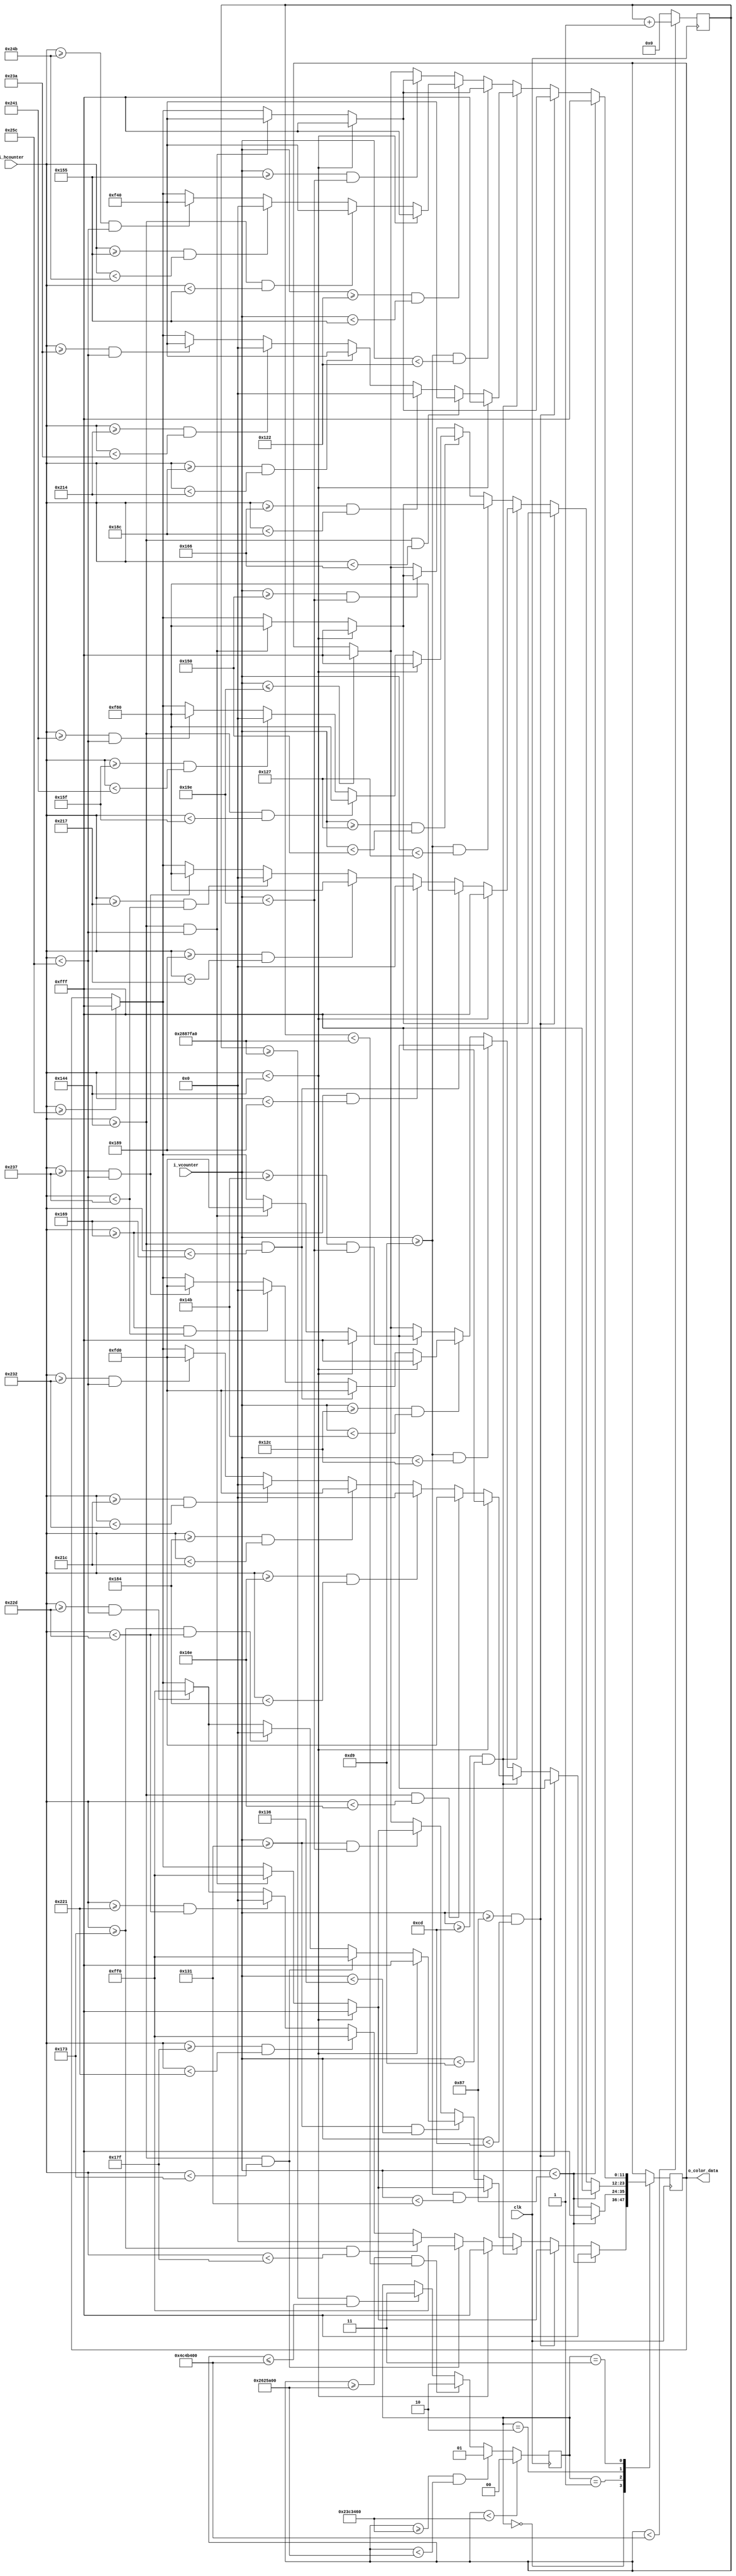
`timescale 1ns / 1ps
//////////////////////////////////////////////////////////////////////////////////
// Company: 
// 
// Design Name: 
// Module Name: mad
// Project Name: Emoji_Animation
// Target Devices: 
// Tool Versions: 
// Description: mad face animation
// 
// Dependencies: 25 MHz input clk
// 
// Revision:
// Revision 0.01 - File Created
// Additional Comments:
// 
//////////////////////////////////////////////////////////////////////////////////


module mad (
	input clk,                  // 25MHz
	input [9:0] i_hcounter,     // horizontal pixel counter
	input [9:0] i_vcounter,     // vertical pixel counter
	output [11:0] o_color_data  // color data bus
	);
	
	reg [31:0] clk_counter = 0;    // for keeping track of how long the frame is active
	reg [1:0] FRAME = 0;           // State
	reg [11:0] r_color = 12'h000;  // color of pixel (4 bits red, 4 bits green, 4 bits blue -- in that order)
	
	assign o_color_data = r_color;
	
  // each emoji animation has a number of frames (different from fps frames)
	localparam FRAME_1 = 2'b00;
	localparam FRAME_2 = 2'b01;
	localparam FRAME_3 = 2'b10;
	localparam FRAME_4 = 2'b11;
  
  // time in clock cycles to hold each frame still
  localparam FRAME_1_time = 37500000; // 0.5 sec
  localparam FRAME_2_time = 2500000; // 100 ms
  localparam FRAME_3_time = 2500000; // 100 ms
  localparam FRAME_4_time = 37500000; // 1.5 sec
  // total time in clock cycles of animation before looping around
  localparam FRAME_total_time = FRAME_1_time + FRAME_2_time + FRAME_3_time + FRAME_4_time;
  
  // basic colors used in the animation
  localparam yellow = 12'hFF0;
  localparam black = 12'h000;
  localparam white = 12'hFFF;
  localparam yellow_orange = 12'hFD0;
  localparam orange = 12'hF80;
  localparam red_orange = 12'hF40;
	
  //////////////////////////////////////////////////////////////////////////////
  // frame timing
	always @ (posedge clk)
		begin 
			if (clk_counter < FRAME_total_time)
				clk_counter <= clk_counter + 1;
			else 
				clk_counter <= 0;
		end 
		
	always @ (posedge clk) 
		begin 
			if (clk_counter < FRAME_1_time)  
				FRAME <= FRAME_1;
			else if (clk_counter >= FRAME_1_time && clk_counter < (FRAME_1_time + FRAME_2_time)) 
				FRAME <= FRAME_2;
			else if (clk_counter >= (FRAME_1_time + FRAME_2_time) && clk_counter < (FRAME_1_time + FRAME_2_time + FRAME_3_time))  
				FRAME <= FRAME_3;
			else if (clk_counter >= (FRAME_1_time + FRAME_2_time + FRAME_3_time) && clk_counter <= FRAME_total_time)
				FRAME <= FRAME_4;
		end 
  // end frame timing
  
  ///////////////////////////////////////////////////////////////////////////////
  // Frame state machine
	always @ (posedge clk)
		begin 
			case (FRAME)
				FRAME_1 : 
					begin 
						// SECTION 1.1 (TOP OF SCREEN)
						if (i_vcounter < 135)             
								r_color <= white;
						// END SECTION 1.1 (TOP OF SCREEN)
						
						// SECTION 1.2 (FOREHEAD)
						else if (i_vcounter >= 135 && i_vcounter < 205)
							begin 
								if (i_hcounter < 324) 
									r_color <= white;  
								else if (i_hcounter >= 324 && i_hcounter < 604) 
									r_color <= yellow;
								else if (i_hcounter >= 604)
									r_color <= white; 
							end  
						// END SECTION 1.2 (FOREHEAD)
						
						// SECTION 1.3 (EYES)
						else if (i_vcounter >= 205 && i_vcounter < 217)
							begin 
								if (i_hcounter < 324)
									r_color <= white;
								else if (i_hcounter >= 324 && i_hcounter < 371)
									r_color <= yellow;
								else if (i_hcounter >= 371 && i_hcounter < 383)
									r_color <= black;
								else if (i_hcounter >= 383 && i_hcounter < 545)
									r_color <= yellow;
								else if (i_hcounter >= 545 && i_hcounter < 557)
									r_color <= black; 
								else if (i_hcounter >= 557 && i_hcounter < 604)
									r_color <= yellow;
								else if (i_hcounter >= 604)
									r_color <= white;
							end  
						// END SECTION 1.3 (EYES)
						
						// SECTION 1.4 (MIDDLE OF FACE)
						else if (i_vcounter >= 217 && i_vcounter < 305)
							begin
								if (i_hcounter < 324)
									r_color <= white;
								else if (i_hcounter >= 324 && i_hcounter < 604)
									r_color <= yellow;
								else if (i_hcounter >= 604)
									r_color <= white;
							end 
						// END SECTION 1.4 (MIDDLE OF FACE)
						
						// SECTION 1.5 (MOUTH)
						else if (i_vcounter >= 305 && i_vcounter < 310)
							begin
								if (i_hcounter < 324)
									r_color <= white;
								else if (i_hcounter >= 324 && i_hcounter < 371)
									r_color <= yellow;
								else if (i_hcounter >= 371 && i_hcounter < 557)
									r_color <= black;
								else if (i_hcounter >= 557 && i_hcounter < 604)
									r_color <= yellow;
								else if (i_hcounter >= 604)
									r_color <= white;
							end  
						// END SECTION 1.5 (MOUTH)
						
						// SECTION 1.6 (CHIN)
						else if (i_vcounter >= 305 && i_vcounter < 414)
							begin
								if (i_hcounter < 324)
									r_color <= white;
								else if (i_hcounter >= 324 && i_hcounter < 604)
									r_color <= yellow;
								else if (i_hcounter >= 604)
									r_color <= white;
							end  
						// END SECTION 1.6 (CHIN)
						
						// SECTION 1.7 (BOTTOM OF SCREEN)
						else if (i_vcounter <= 414)
							r_color <= white;
						// END SECTION 1.7 (BOTTOM OF SCREEN)
					end  // FRAME_1
				
				FRAME_2 :
					begin 
						// SECTION 2.1 (TOP OF SCREEN)
						if (i_vcounter < 135)             
								r_color <= white;
						// END SECTION 2.1 (TOP OF SCREEN)
						
						// SECTION 2.2 (FOREHEAD)
						else if (i_vcounter >= 135 && i_vcounter < 205)
							begin 
								if (i_hcounter < 324) 
									r_color <= white;  
								else if (i_hcounter >= 324 && i_hcounter < 604) 
									r_color <= yellow_orange;
								else if (i_hcounter >= 604)
									r_color <= white; 
							end  
						// END SECTION 2.2 (FOREHEAD)
						
						// SECTION 2.3 (EYES)
						else if (i_vcounter >= 205 && i_vcounter < 217)
							begin 
								if (i_hcounter < 324)
									r_color <= white;
								else if (i_hcounter >= 324 && i_hcounter < 366)
									r_color <= yellow_orange;
								else if (i_hcounter >= 366 && i_hcounter < 388)
									r_color <= black;
								else if (i_hcounter >= 388 && i_hcounter < 540)
									r_color <= yellow_orange;
								else if (i_hcounter >= 540 && i_hcounter < 562)
									r_color <= black; 
								else if (i_hcounter >= 562 && i_hcounter < 604)
									r_color <= yellow_orange;
								else if (i_hcounter >= 604)
									r_color <= white;
							end  
						// END SECTION 2.3 (EYES)
						
						// SECTION 2.4 (MIDDLE OF FACE)
						else if (i_vcounter >= 217 && i_vcounter < 300)
							begin
								if (i_hcounter < 324)
									r_color <= white;
								else if (i_hcounter >= 324 && i_hcounter < 604)
									r_color <= yellow_orange;
								else if (i_hcounter >= 604)
									r_color <= white;
							end 
						// END SECTION 2.4 (MIDDLE OF FACE)
						
						// SECTION 2.5 (MOUTH)
						else if (i_vcounter >= 300 && i_vcounter < 331)
							begin
								if (i_hcounter < 324)
									r_color <= white;
								else if (i_hcounter >= 324 && i_hcounter < 361)
									r_color <= yellow_orange;
								else if (i_hcounter >= 361 && i_hcounter < 567)
									r_color <= black;
								else if (i_hcounter >= 567 && i_hcounter < 604)
									r_color <= yellow_orange;
								else if (i_hcounter >= 604)
									r_color <= white;
							end  
						// END SECTION 2.5 (MOUTH)
						
						// SECTION 2.6 (CHIN)
						else if (i_vcounter >= 331 && i_vcounter < 414)
							begin
								if (i_hcounter < 324)
									r_color <= white;
								else if (i_hcounter >= 324 && i_hcounter < 604)
									r_color <= yellow_orange;
								else if (i_hcounter >= 604)
									r_color <= white;
							end  
						// END SECTION 2.6 (CHIN)
						
						// SECTION 2.7 (BOTTOM OF SCREEN)
						else if (i_vcounter <= 414)
							r_color <= white;
						// END SECTION 2.7 (BOTTOM OF SCREEN)
					end  // FRAME_2
					
				FRAME_3 :
					begin 
						// SECTION 3.1 (TOP OF SCREEN)
						if (i_vcounter < 135)             
								r_color <= white;
						// END SECTION 3.1 (TOP OF SCREEN)
						
						// SECTION 3.2 (FOREHEAD)
						else if (i_vcounter >= 135 && i_vcounter < 205)
							begin 
								if (i_hcounter < 324) 
									r_color <= white;  
								else if (i_hcounter >= 324 && i_hcounter < 604) 
									r_color <= orange;
								else if (i_hcounter >= 604)
									r_color <= white; 
							end  
						// END SECTION 3.2 (FOREHEAD)
						
						// SECTION 3.3 (EYES)
						else if (i_vcounter >= 205 && i_vcounter < 217)
							begin 
								if (i_hcounter < 324)
									r_color <= white;
								else if (i_hcounter >= 324 && i_hcounter < 361)
									r_color <= orange;
								else if (i_hcounter >= 361 && i_hcounter < 393)
									r_color <= black;
								else if (i_hcounter >= 393 && i_hcounter < 535)
									r_color <= orange;
								else if (i_hcounter >= 535 && i_hcounter < 567)
									r_color <= black; 
								else if (i_hcounter >= 567 && i_hcounter < 604)
									r_color <= orange;
								else if (i_hcounter >= 604)
									r_color <= white;
							end  
						// END SECTION 3.3 (EYES)
						
						// SECTION 3.4 (MIDDLE OF FACE)
						else if (i_vcounter >= 217 && i_vcounter < 295)
							begin
								if (i_hcounter < 324)
									r_color <= white;
								else if (i_hcounter >= 324 && i_hcounter < 604)
									r_color <= orange;
								else if (i_hcounter >= 604)
									r_color <= white;
							end 
						// END SECTION 3.4 (MIDDLE OF FACE)
						
						// SECTION 3.5 (MOUTH)
						else if (i_vcounter >= 295 && i_vcounter < 336)
							begin
								if (i_hcounter < 324)
									r_color <= white;
								else if (i_hcounter >= 324 && i_hcounter < 351)
									r_color <= orange;
								else if (i_hcounter >= 351 && i_hcounter < 577)
									r_color <= black;
								else if (i_hcounter >= 577 && i_hcounter < 604)
									r_color <= orange;
								else if (i_hcounter >= 604)
									r_color <= white;
							end  
						// END SECTION 3.5 (MOUTH)
						
						// SECTION 3.6 (CHIN)
						else if (i_vcounter >= 336 && i_vcounter < 414)
							begin
								if (i_hcounter < 324)
									r_color <= white;
								else if (i_hcounter >= 324 && i_hcounter < 604)
									r_color <= orange;
								else if (i_hcounter >= 604)
									r_color <= white;
							end  
						// END SECTION 3.6 (CHIN)
						
						// SECTION 3.7 (BOTTOM OF SCREEN)
						else if (i_vcounter <= 414)
							r_color <= white;
						// END SECTION 3.7 (BOTTOM OF SCREEN)
					end  // FRAME_3
					
				FRAME_4 :
					begin 
						// SECTION 4.1 (TOP OF SCREEN)
						if (i_vcounter < 135)             
								r_color <= white;
						// END SECTION 4.1 (TOP OF SCREEN)
						
						// SECTION 4.2 (FOREHEAD)
						else if (i_vcounter >= 135 && i_vcounter < 205)
							begin 
								if (i_hcounter < 324) 
									r_color <= white;  
								else if (i_hcounter >= 324 && i_hcounter < 604) 
									r_color <= red_orange;
								else if (i_hcounter >= 604)
									r_color <= white; 
							end  
						// END SECTION 4.2 (FOREHEAD)
						
						// SECTION 4.3 (EYES)
						else if (i_vcounter >= 205 && i_vcounter < 217)
							begin 
								if (i_hcounter < 324)
									r_color <= white;
								else if (i_hcounter >= 324 && i_hcounter < 358)
									r_color <= red_orange;
								else if (i_hcounter >= 358 && i_hcounter < 396)
									r_color <= black;
								else if (i_hcounter >= 396 && i_hcounter < 532)
									r_color <= red_orange;
								else if (i_hcounter >= 532 && i_hcounter < 570)
									r_color <= black; 
								else if (i_hcounter >= 570 && i_hcounter < 604)
									r_color <= red_orange;
								else if (i_hcounter >= 604)
									r_color <= white;
							end  
						// END SECTION 4.3 (EYES)
						
						// SECTION 4.4 (MIDDLE OF FACE)
						else if (i_vcounter >= 217 && i_vcounter < 290)
							begin
								if (i_hcounter < 324)
									r_color <= white;
								else if (i_hcounter >= 324 && i_hcounter < 604)
									r_color <= red_orange;
								else if (i_hcounter >= 604)
									r_color <= white;
							end 
						// END SECTION 4.4 (MIDDLE OF FACE)
						
						// SECTION 4.5 (MOUTH)
						else if (i_vcounter >= 290 && i_vcounter < 341)
							begin
								if (i_hcounter < 324)
									r_color <= white;
								else if (i_hcounter >= 324 && i_hcounter < 341)
									r_color <= red_orange;
								else if (i_hcounter >= 341 && i_hcounter < 587)
									r_color <= black;
								else if (i_hcounter >= 587 && i_hcounter < 604)
									r_color <= red_orange;
								else if (i_hcounter >= 604)
									r_color <= white;
							end  
						// END SECTION 4.5 (MOUTH)
						
						// SECTION 4.6 (CHIN)
						else if (i_vcounter >= 341 && i_vcounter < 414)
							begin
								if (i_hcounter < 324)
									r_color <= white;
								else if (i_hcounter >= 324 && i_hcounter < 604)
									r_color <= red_orange;
								else if (i_hcounter >= 604)
									r_color <= white;
							end  
						// END SECTION 4.6 (CHIN)
						
						// SECTION 4.7 (BOTTOM OF SCREEN)
						else if (i_vcounter <= 414)
							r_color <= white;
						// END SECTION 4.7 (BOTTOM OF SCREEN)
					end  // FRAME_4
				
				default :
					begin 
						r_color <= white;
					end  // default  
			endcase
		end  // always 
endmodule  // mad